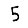
Digit: 5